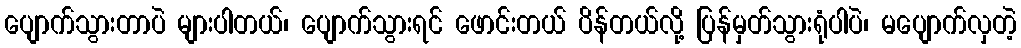
ပျောက်သွားတာပဲ များပါတယ်၊ ပျောက်သွားရင် ဖောင်းတယ် ပိန်တယ်လို့ ပြန်မှတ်သွားရုံပါပဲ၊ မပျောက်လှတဲ့